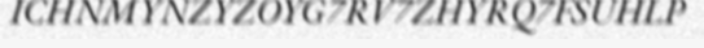
ICHNMYNZYZOYG7RV7ZHYRQ7FSUHLP